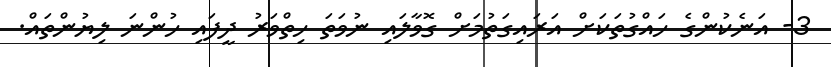
3- އަނެކުންގެ ހައްގުތަކަށް އަރައިގަތުމަށް ގޮވާލައި ނުވަތަ ހިތްވަރު ދީފައި ހުންނަ ލިޔުންތައް.